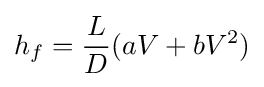
h_{f}={\frac {L}{D}}(aV+bV^{2})